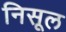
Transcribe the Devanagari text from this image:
निसूल